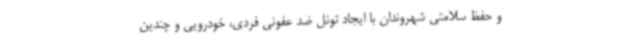
و حفظ سلامتی شهروندان با ایجاد تونل ضد عفونی فردی، خودرویی و چندین